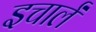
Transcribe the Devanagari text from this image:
इचार्लं